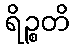
ရိဉ္စတိ